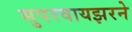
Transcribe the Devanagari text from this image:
सुपरवायझरने